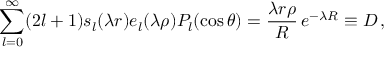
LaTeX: \sum _ { l = 0 } ^ { \infty } ( 2 l + 1 ) s _ { l } ( \lambda r ) e _ { l } ( \lambda \rho ) P _ { l } ( \cos \theta ) = \frac { \lambda r \rho } { R } \, e ^ { - \lambda R } \equiv { \cal D } \, ,